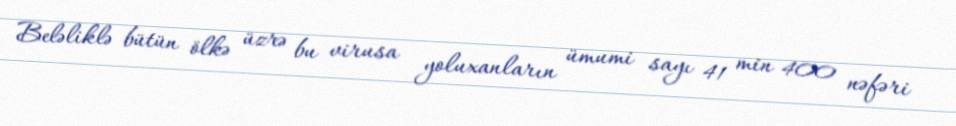
Beləliklə bütün ölkə üzrə bu virusa yoluxanların ümumi sayı 41 min 400 nəfəri